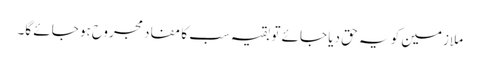
ملازمین کو یہ حق دیا جائے تو بقیہ سب کا مفاد مجروح ہو جائے گا۔